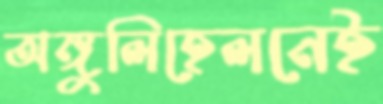
অঙ্গুলিহেলনেই